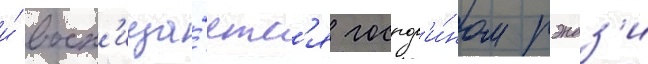
и́ восх'ища́етс'я господ'и́ном рэндз'и